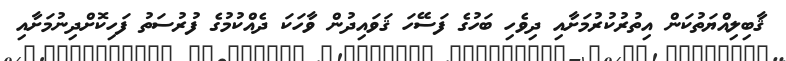
ޤާބިލިއްޔަތުކަން އިތުރުކުރުމަށާއި ދިވެހި ބަހުގެ ފަސޭހަ ޤަވައިދުން ވާހަކަ ދެއްކުމުގެ ފުރުސަތު ފަހިކޮށްދިނުމަށާއި